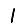
Digit: 1